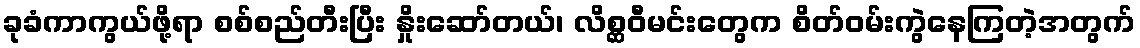
ခုခံကာကွယ်ဖို့ရာ စစ်စည်တီးပြီး နှိုးဆော်တယ်၊ လိစ္ဆဝီမင်းတွေက စိတ်ဝမ်းကွဲနေကြတဲ့အတွက်